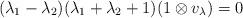
LaTeX: \begin{align*}(\lambda_1-\lambda_2)(\lambda_1+\lambda_2+1)(1\otimes v_{\lambda})=0\end{align*}